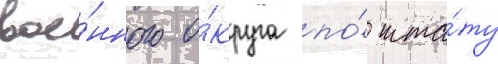
вое́нного о́круга по́ шта́ту